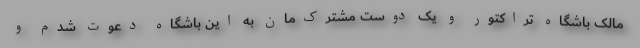
مالک باشگاه تراکتور و یک دوست مشترک‌مان به این باشگاه دعوت شدم و